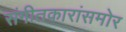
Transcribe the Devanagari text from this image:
संगीतकारांसमोर